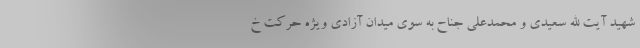
شهید آیت الله سعیدی و محمدعلی جناح به سوی میدان آزادی ویژه حرکت خ